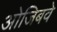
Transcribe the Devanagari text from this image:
ओजिबवे